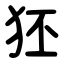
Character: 狉